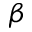
\beta